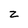
Character: z